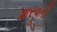
શરવતી